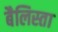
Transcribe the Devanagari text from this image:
बैलिस्ता